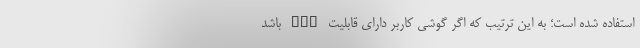
استفاده شده است؛ به این ترتیب که اگر گوشی کاربر دارای قابلیت NFC باشد